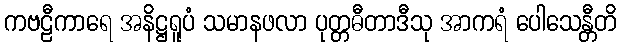
ကဗဠီကာရေ အနိဋ္ဌရူပံ သမာနဖလာ ပုတ္တဓီတာဒီသု အာကရံ ပေါသေန္တီတိ